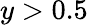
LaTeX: y>0.5